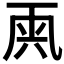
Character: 𠀺